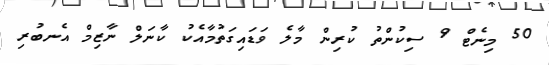
50 މިނެޓް 9 ސިކުންތު ކުރިން މާލެ ވަޑައިގަތުމާއެކު ކާނަލް ނާޒިމް އެނބުރި